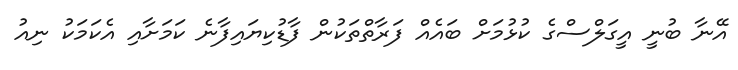
އޭނާ ބުނީ އީގަލްސްގެ ކުޅުމަށް ބައެއް ފަރާތްތަކުން ފާޑުކިޔައިފާނެ ކަމަށާއި އެކަމަކު ނިއު